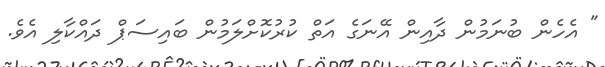
" އެހެން ބުނަމުން ދާއިން އޭނަގެ އަތް ކުރުކޮށްލަމުން ބައިސަޕް ދައްކާލި އެވެ.